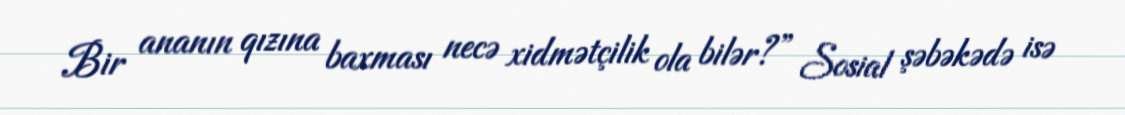
Bir ananın qızına baxması necə xidmətçilik ola bilər?” Sosial şəbəkədə isə